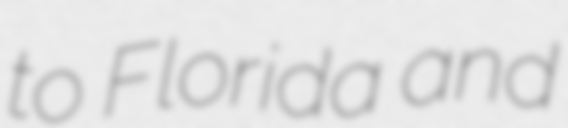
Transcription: to Florida and